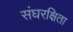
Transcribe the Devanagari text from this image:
संघरक्षिता